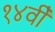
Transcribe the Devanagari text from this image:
१४वीँ